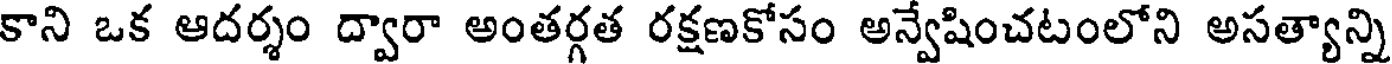
కాని ఒక ఆదర్శం ద్వారా అంతర్గత రక్షణకోసం అన్వేషించటంలోని అసత్యాన్ని